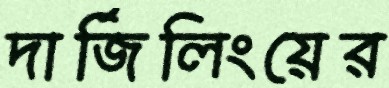
দার্জিলিংয়ের